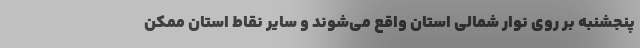
پنجشنبه بر روی نوار شمالی استان واقع می‌شوند و سایر نقاط استان ممکن